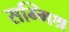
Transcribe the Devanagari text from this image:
सम्‍मिश्र